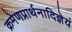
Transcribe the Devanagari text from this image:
क्रमेणप्रार्थनादिज्ञेयं